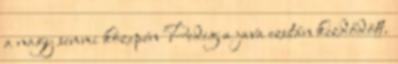
a nagy semmi közepén Pedig a java ezután kezdődött.